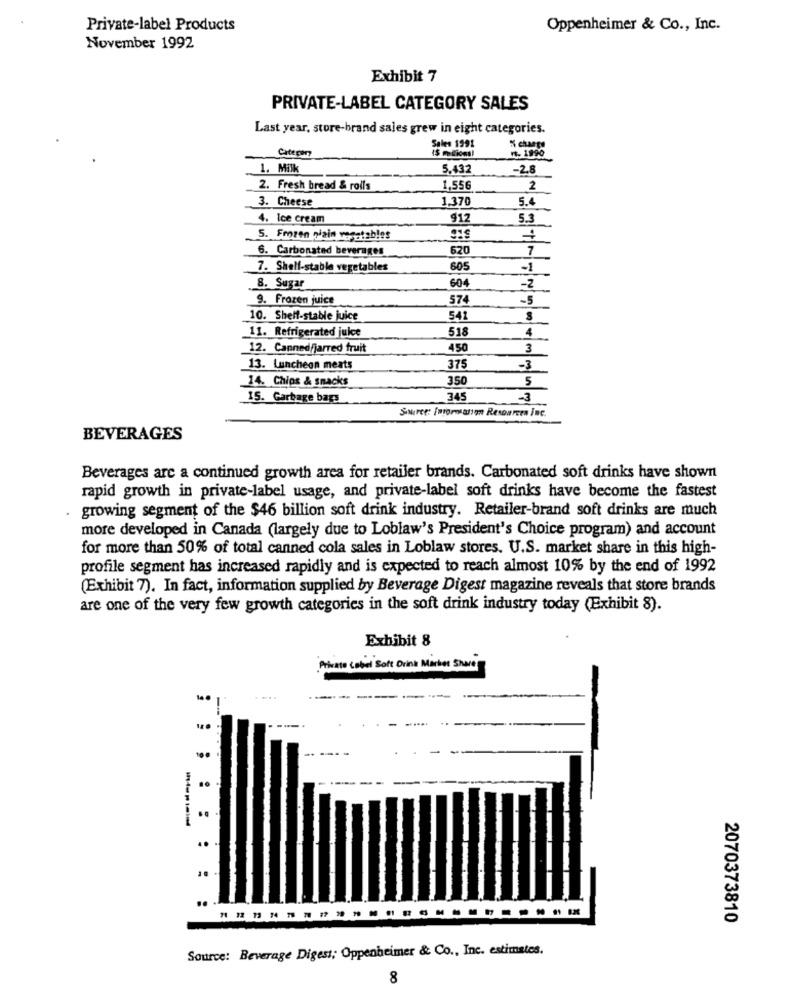
Private-label Products
Oppenheimer & Co ., Inc.
November 1992
Exhibit 7
PRIVATE-LABEL CATEGORY SALES
Last year, store-brand sales grew in eight categories.
Sales 1991
Category
% charge
rt. 1990
1. Milk
5.432
-2.8
2. Fresh bread & rolls
1,556
2
3. Cheese
1,370
5.4
4. Ice cream
912
5.3
5. Frozen niain vegetables
6. Carbonated beverages
620
7
7. Shell-stable vegetables
605
-1
8. Sugar
604
-2
9. Frozen juice
574
-5
10. Shelf-stable juice
541
518
4
11. Refrigerated juice
12. Canned/jarred fruit
450
3
13. Luncheon meats
375
-3
14. Chips & snacks
350
5
15. Garbage bags
345
-3
Source: fatormany Resources Inc.
BEVERAGES
Beverages arc a continued growth area for retailer brands. Carbonated soft drinks have shown
rapid growth in private-label usage, and private-label soft drinks have become the fastest
. growing segment of the $46 billion soft drink industry. Retailer-brand soft drinks are much
more developed in Canada (largely due to Loblaw's President's Choice program) and account
for more than 50% of total canned cola sales in Loblaw stores. U.S. market share in this high-
profile segment has increased rapidly and is expected to reach almost 10% by the end of 1992
(Exhibit 7). In fact, information supplied by Beverage Digest magazine reveals that store brands
are one of the very few growth categories in the soft drink industry today (Exhibit 8).
Exhibit 8
Private Label Soft Drink Market Share
14.
--------
... ....
10 .
..
-.
..
...
2070373810
Source: Beverage Digest; Oppenheimer & Co ., Inc. estimates.
8